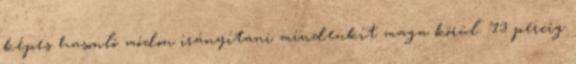
képes hasonló módon irányítani mindenkit maga körül. "13 percig